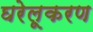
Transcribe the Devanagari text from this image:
घरेलूकरण